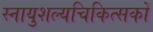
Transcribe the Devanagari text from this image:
स्नायुशल्यचिकित्सकों